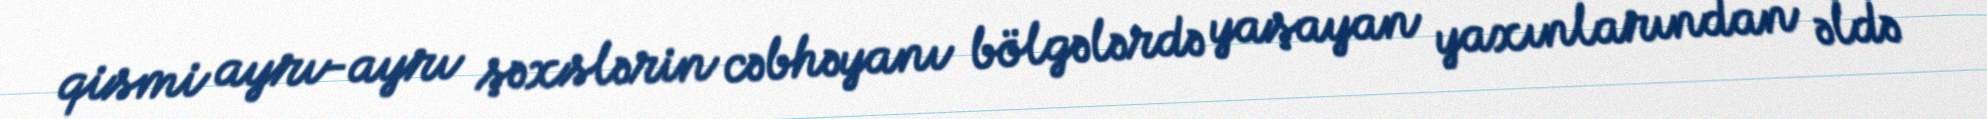
qismi ayrı-ayrı şəxslərin cəbhəyanı bölgələrdə yaşayan yaxınlarından əldə